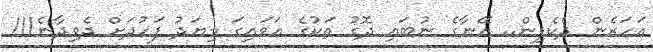
އަހަރެން ދެކެފިން.. އޭނާގެ ނުބައި ދޮގު ތަކުގެ އަވައިގަ މިޔަދު ފަހުދަށް ދެވިދާނެ!!!